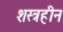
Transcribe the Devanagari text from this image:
शस्त्रहीन